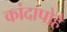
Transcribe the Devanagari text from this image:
कांदापोहे